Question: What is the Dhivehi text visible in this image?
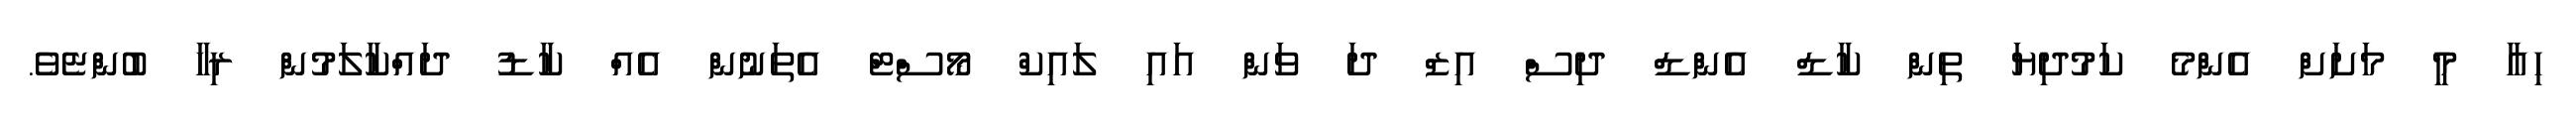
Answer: ހިއާ މީ މަށަށް އެންމެ ކަމުދިޔަ ތިން ކާޑް އެންޑް ދިސް އިޒް ދަ ވަން އައި ލައިކް މޯސްޓް އެތަނުން އެއް ކާޑު ދައްކާލަމުން ރިހާ ބުންޏެވެ.